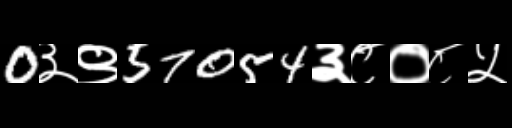
Text: 0३९57054३८०८५